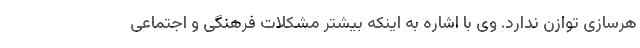
هرسازی توازن ندارد. وی با اشاره به اینکه بیشتر مشکلات فرهنگی و اجتماعی